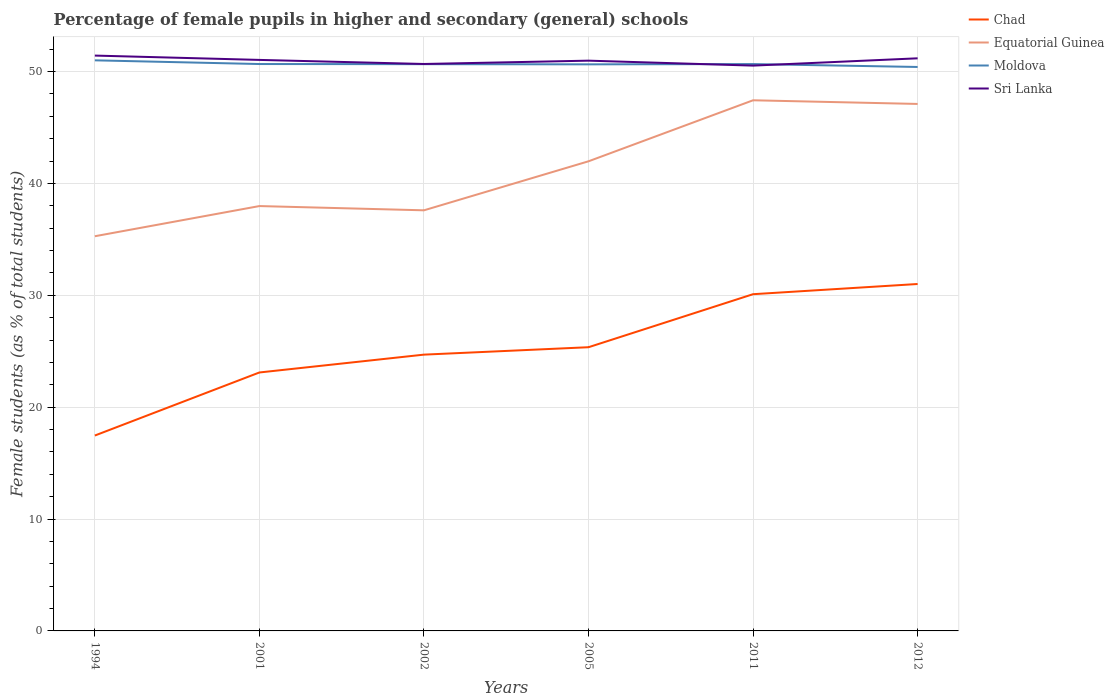
| Years | Chad | Equatorial Guinea | Moldova | Sri Lanka |
 | --- | --- | --- | --- | --- |
 | 1994 | 17.5 | 35.3 | 51 | 51.4 |
 | 2001 | 23.1 | 38 | 50.7 | 51 |
 | 2002 | 24.7 | 37.6 | 50.7 | 50.7 |
 | 2005 | 25.4 | 42 | 50.6 | 51 |
 | 2011 | 30.1 | 47.4 | 50.7 | 50.5 |
 | 2012 | 31 | 47.1 | 50.4 | 51.2 |